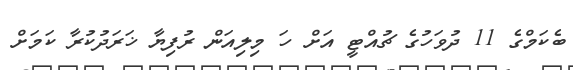
ބެކަމްގެ 11 ދުވަހުގެ ޗުއްޓީ އަށް ހަ މިލިއަން ރުފިޔާ ޚަރަދުކުރާ ކަމަށް